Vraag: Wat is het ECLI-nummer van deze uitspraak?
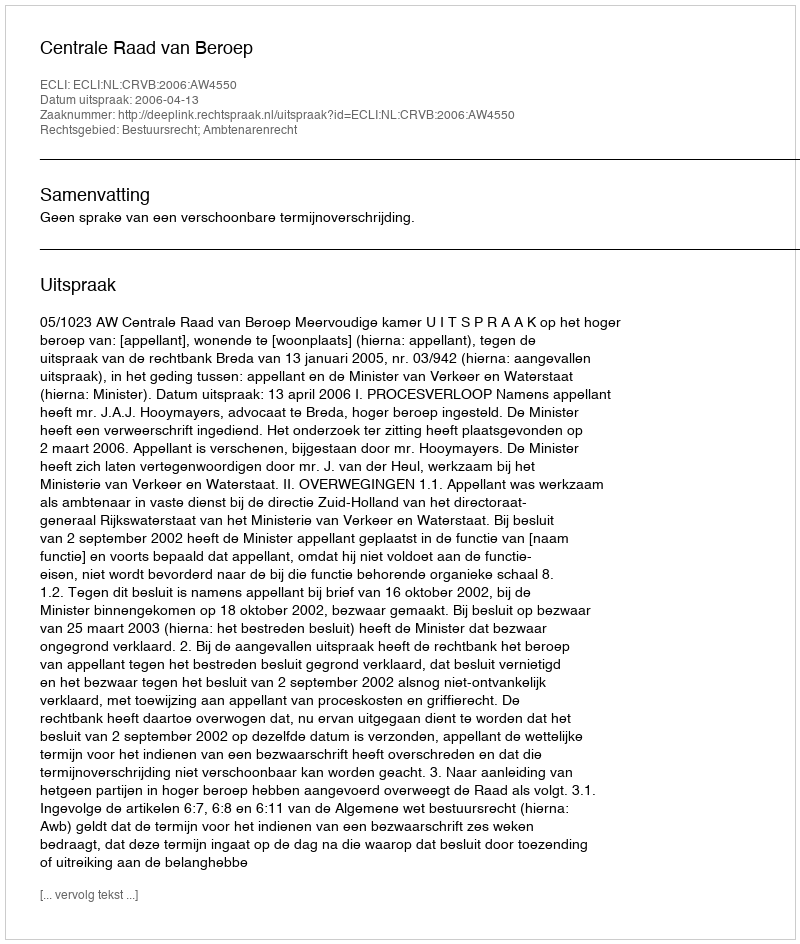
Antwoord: ECLI:NL:CRVB:2006:AW4550